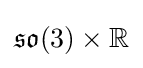
{\mathfrak {so}}(3)\times \mathbb {R}